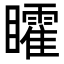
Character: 矐